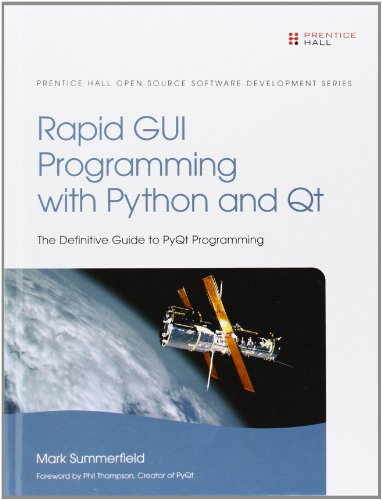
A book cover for Rapid GUI Programming with Python and Qt (Prentice Hall Open Source Software Development); Mark Summerfield; Computers & Technology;